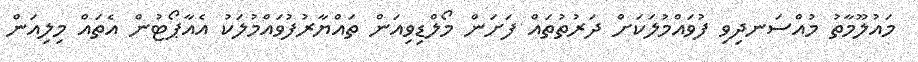
މައުލޫމާތު މުއްސަނދިވި ފުވައްމުލަކަށް ދަރުތުތައް ފަށަން މޯލްޑިވިއަން ތައްޔާރުފުވައްމުލަކު އެއާޕޯޓުން އެތައް މިލިއަން